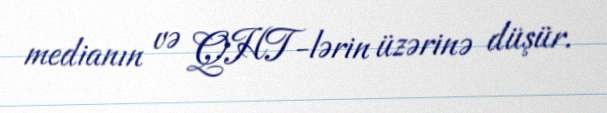
medianın və QHT-lərin üzərinə düşür.